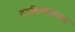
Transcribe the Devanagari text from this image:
ठरविण्याबाबत